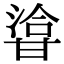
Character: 㽏